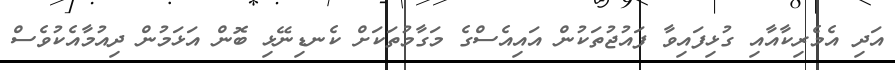
އަދި އެމެރިކާއާއި ގުޅިފައިވާ ފައުޖުތަކުން އައިއެސްގެ މަގާމުތަކަށް ކެނޑިނޭޅި ބޮން އަޅަމުން ދިއުމާއެކުވެސް